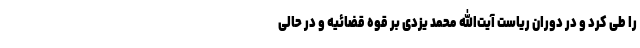
را طی کرد و در دوران ریاست آیت‌الله محمد یزدی بر قوه قضائیه و در حالی